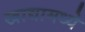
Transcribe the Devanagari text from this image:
खाद्यामध्ये